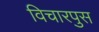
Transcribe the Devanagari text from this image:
विचारपुस